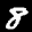
Label: 8